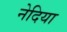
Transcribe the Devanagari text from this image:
नेदिया